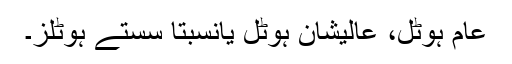
عام ہوٹل، عالیشان ہوٹل یانسبتاً سستے ہوٹلز۔